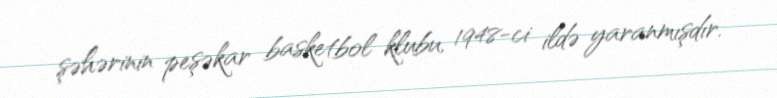
şəhərinin peşəkar basketbol klubu, 1948-ci ildə yaranmışdır.